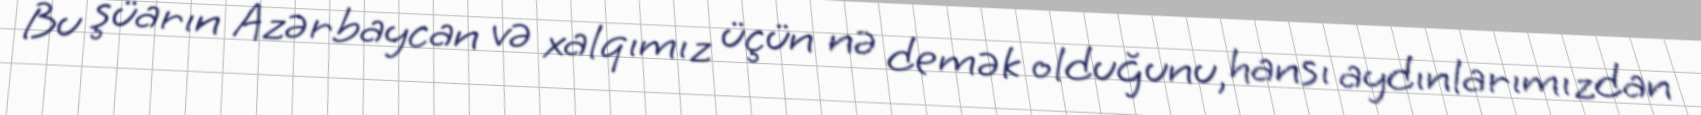
Bu şüarın Azərbaycan və xalqımız üçün nə demək olduğunu, hansı aydınlarımızdan